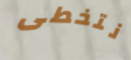
نتخطى